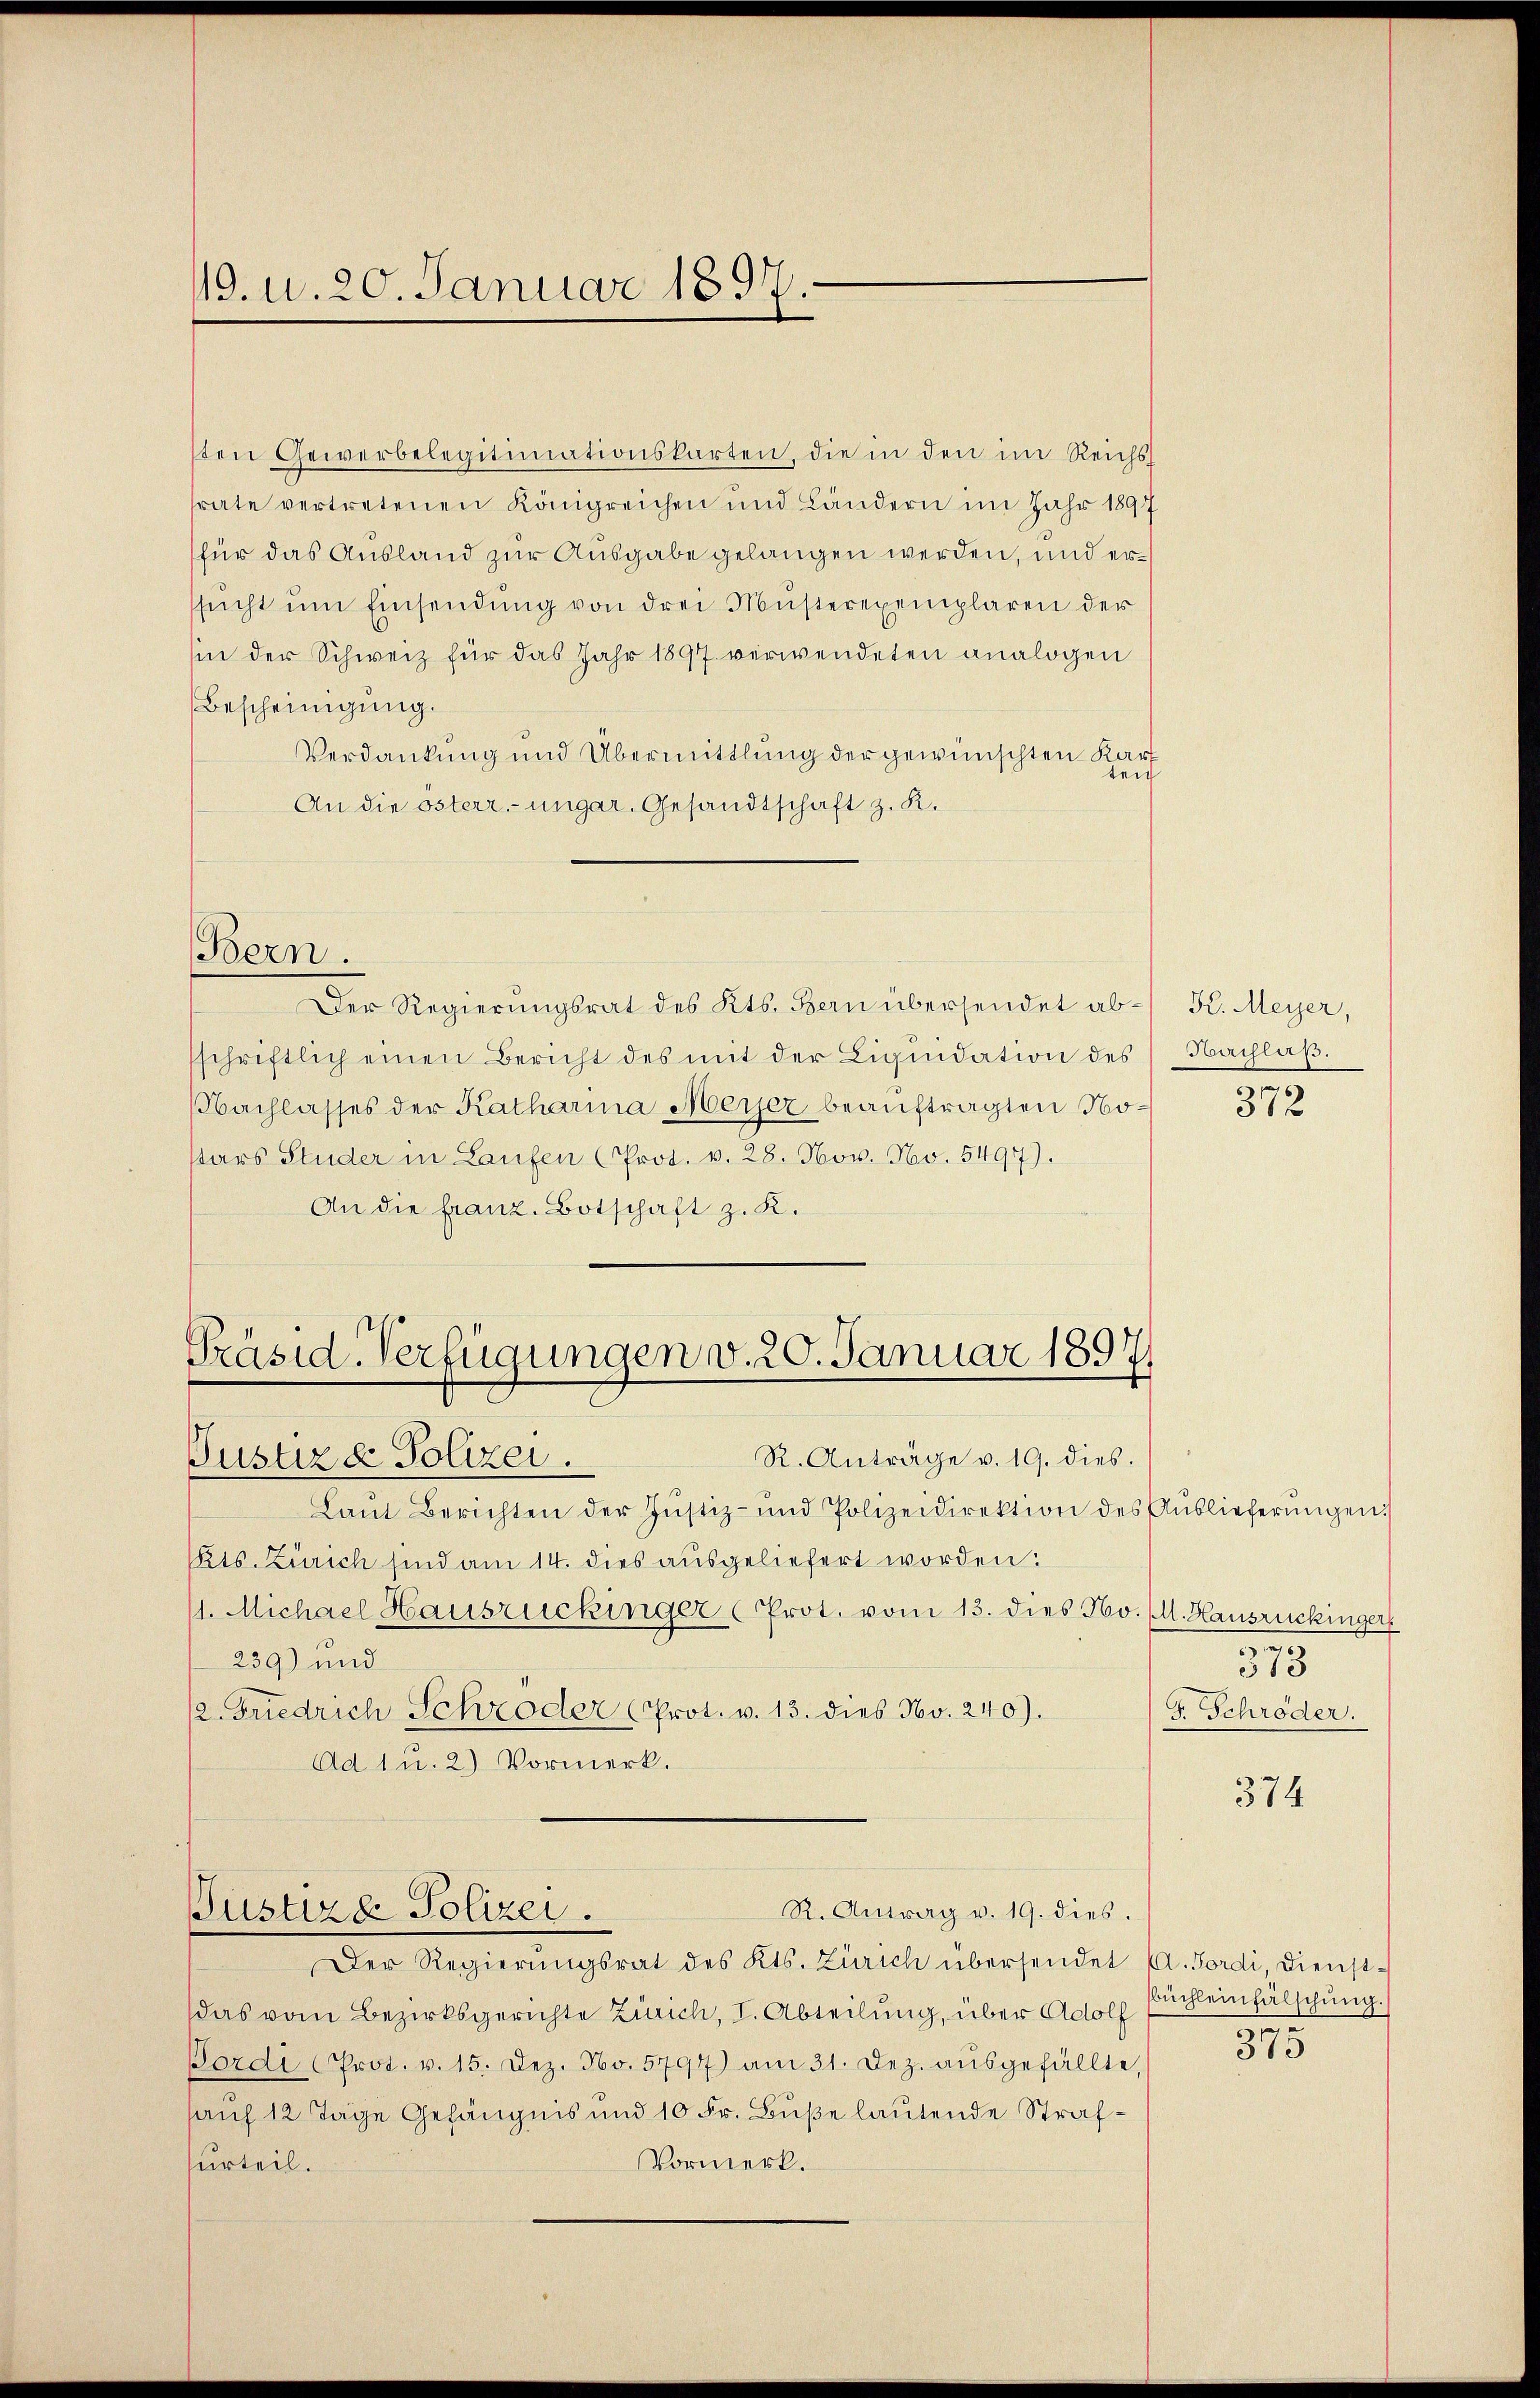
19. d. 20. Januar 1897.

sten Gewerbelegitimationskarten, die in den im Reichssrate vertretenen Königreichen und Ländern im Jahr 1897
für das Ausland zur Ausgabe gelangen werden, und ersŭcht ŭm Einsendŭng von drei Müsterexemplaren der
hin der Schweiz für das Jahr 1897 verwendeten analogen
Bescheinigung.
Verdankung und Übermittlung der gewünschten Kart
ten
An die österr.-ungar. Gesandtschaft z. R.

Bern.

Der Regierungsrat des Kts. Bern übersendet absschriftlich einen Bericht des mit der Liquidation des
Nachlasses der Katharina Meyer beauftragten No¬
Ptars Studer in Laufen (Prot. v. 28. Nov. Nov. 5497).
An die franz. Botschaft z. K.

Präsid-Verfügungen v. 20. Januar 1897
R. Anträge v. 19. dies.
Justizd Polizei.

Laŭt Berichten der Justiz- und Polizeidirektion des Aŭslieferŭngen:
Pets. Zürich sind am 14. dies ausgeliefert worden:
11. Michael Hausrückinger (Prot. vom 13. dies No. (l. Hausrückinger
239) und
2. Friedrich Schröder (Prot. v. 13. dies No. 240).
Ad 1 u. 2) Vormerk.

R. Antrag v. 19. dies.
Justizde Polizei.
Der Regierŭngsrat des Kts. Zürich übersendet A. Fordi, Dienst¬

das vom Bezirksgerichte Zürich, I. Abteilung, über Adolf
Pordi (Prot. v. 15. Dez. No. 5797) am 31. Dez. aŭsgefällte,
sauf 12 Tage Gefängnis und 10 Fr. Buße lautende Straf¬
Vormerk.
urteil.

K. Meyer,
Hirifluß.

372

5
313
F. Schröder.

374

büchleinfälschung.)
1
315